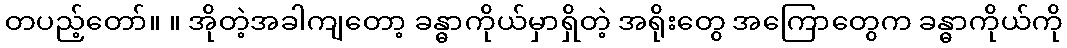
တပည့်တော်။ ။ အိုတဲ့အခါကျတော့ ခန္ဓာကိုယ်မှာရှိတဲ့ အရိုးတွေ အကြောတွေက ခန္ဓာကိုယ်ကို